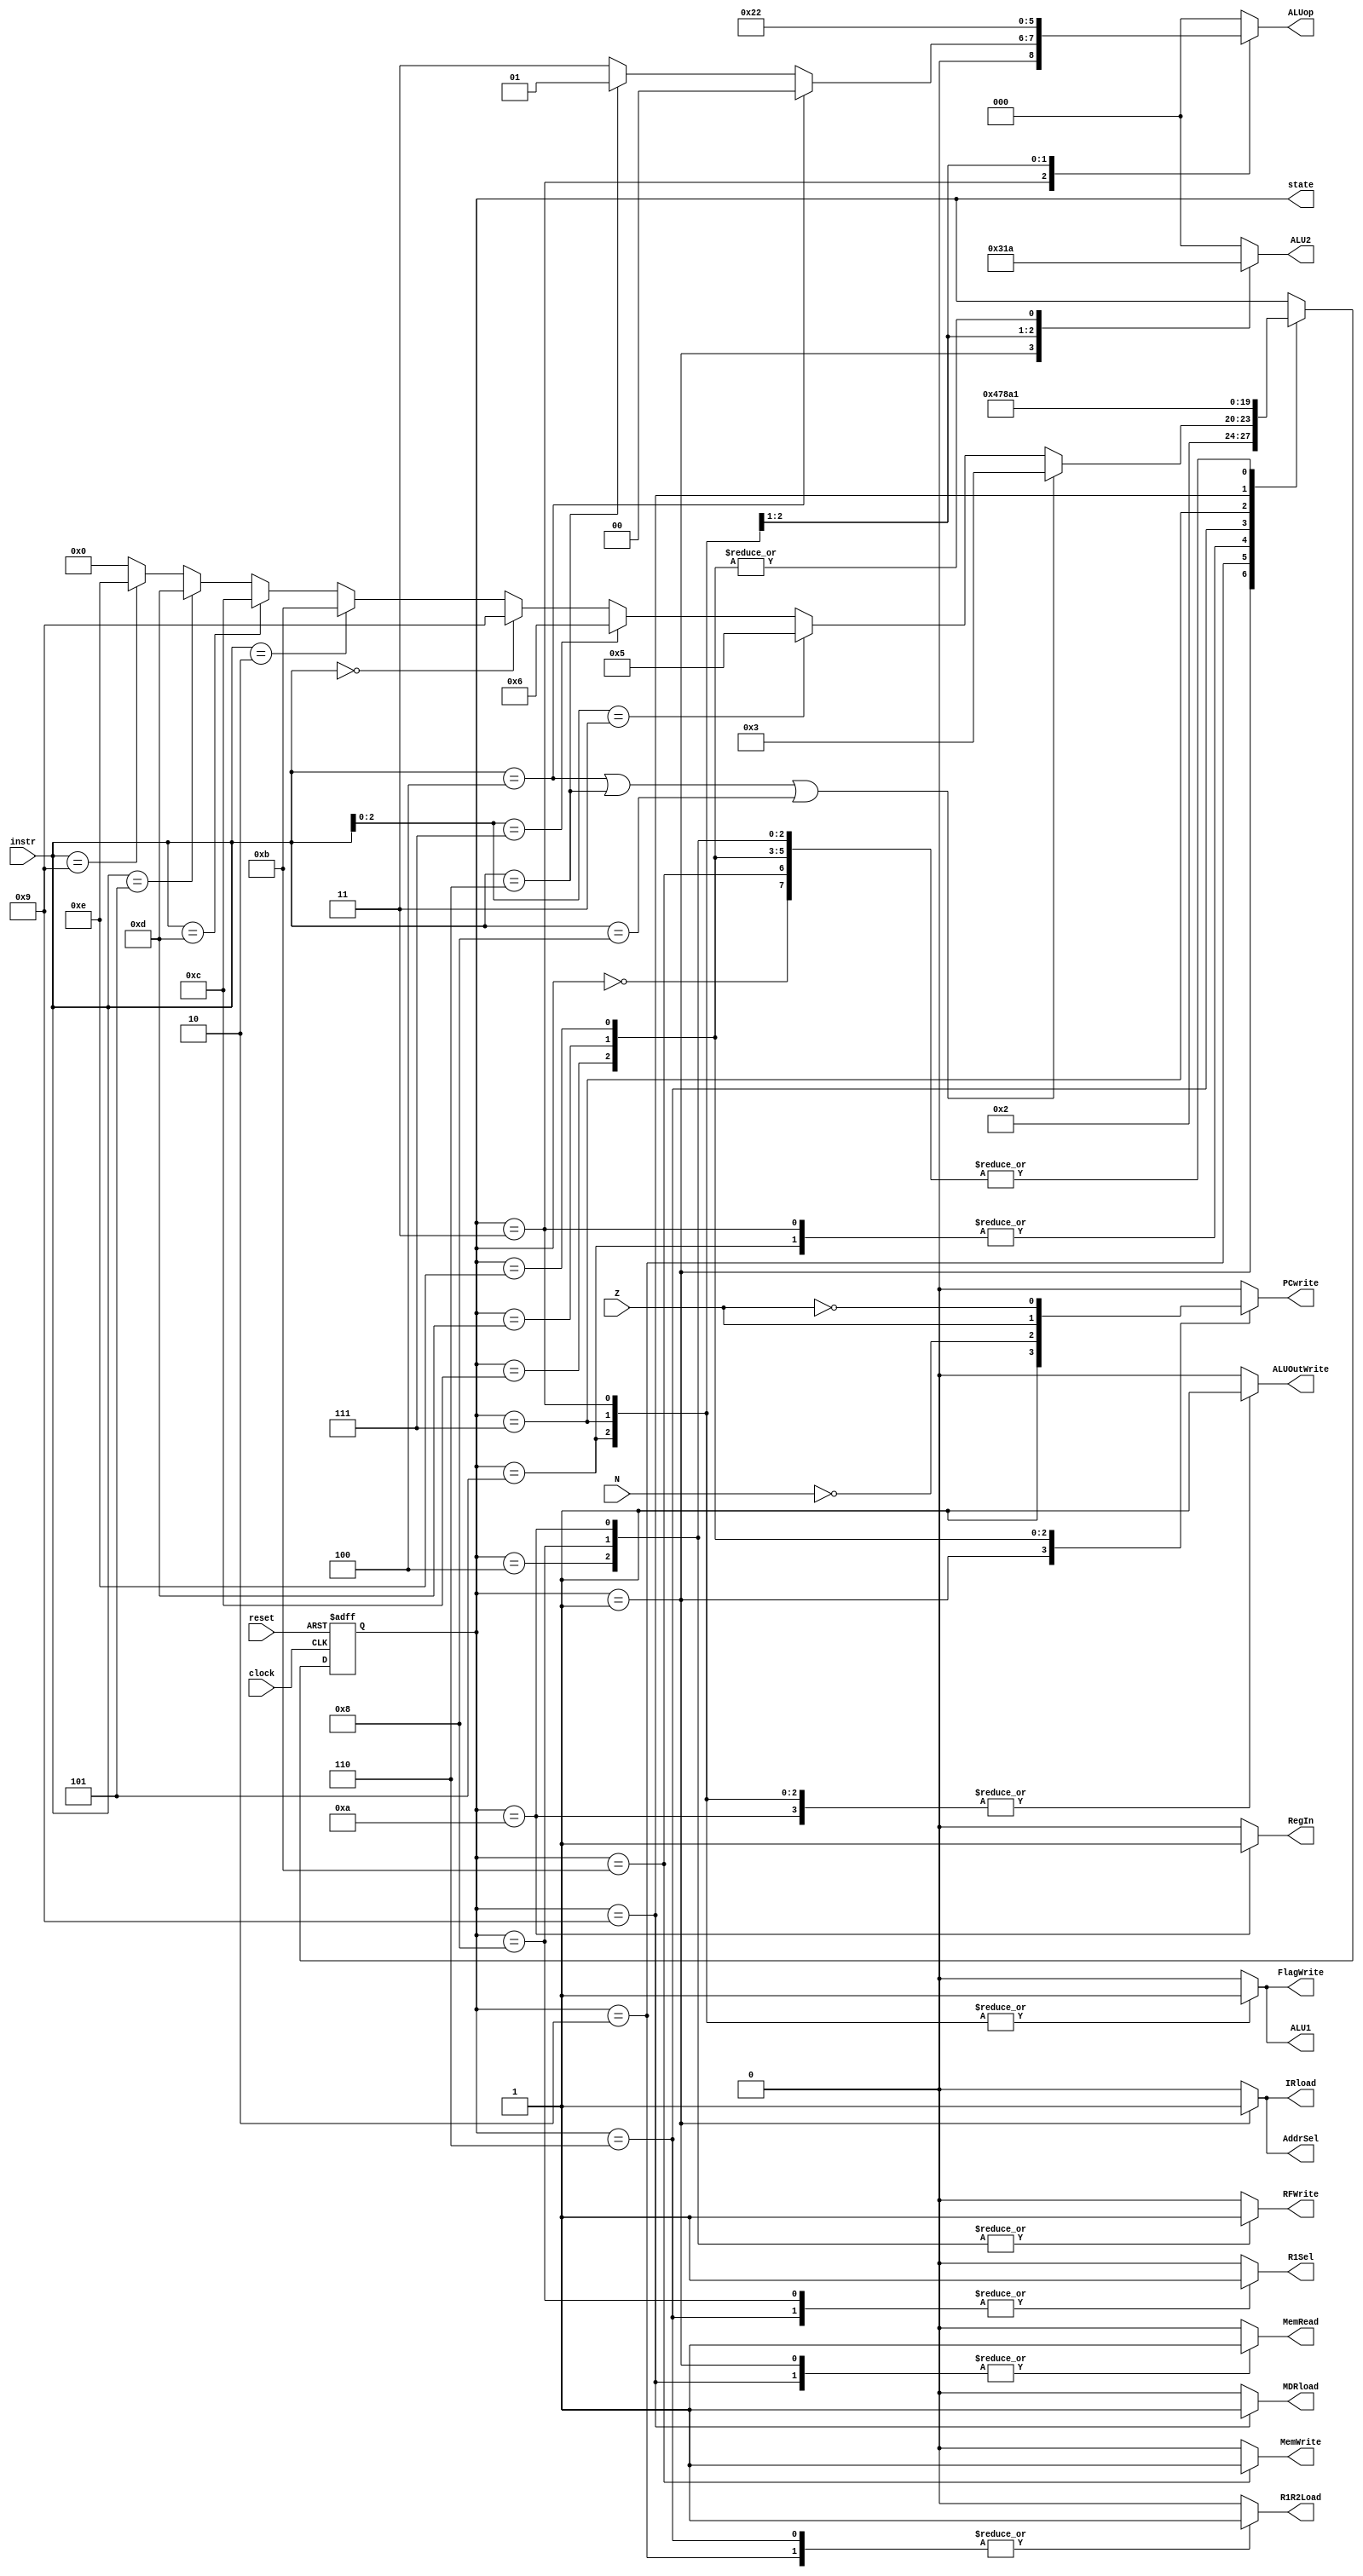
// ---------------------------------------------------------------------
// Copyright (c) 2007 by University of Toronto ECE 243 development team 
// ---------------------------------------------------------------------
//
// Major Functions:	control processor's datapath
// 
// Input(s):	1. instr: input is used to determine states
//				2. N: if branches, input is used to determine if
//					  negative condition is true
//				3. Z: if branches, input is used to determine if 
//					  zero condition is true
//
// Output(s):	control signals
//
//				** More detail can be found on the course note under
//				   "Multi-Cycle Implementation: The Control Unit"
//
// ---------------------------------------------------------------------

module FSM
(
reset, instr, clock,
N, Z,
PCwrite, AddrSel, MemRead,
MemWrite, IRload, R1Sel, MDRload,
R1R2Load, ALU1, ALU2, ALUop,
ALUOutWrite, RFWrite, RegIn, FlagWrite, state
);
	input	[3:0] instr;
	input	N, Z;
	input	reset, clock;
	output	PCwrite, AddrSel, MemRead, MemWrite, IRload, R1Sel, MDRload;
	output	R1R2Load, ALU1, ALUOutWrite, RFWrite, RegIn, FlagWrite;
	output	[2:0] ALU2, ALUop;
	output	[3:0] state;
	
	reg [3:0]	state;
	reg	PCwrite, AddrSel, MemRead, MemWrite, IRload, R1Sel, MDRload;
	reg	R1R2Load, ALU1, ALUOutWrite, RFWrite, RegIn, FlagWrite;
	reg	[2:0] ALU2, ALUop;
	
	
	// state constants (note: asn = add/sub/nand, asnsh = add/sub/nand/shift)
	parameter [3:0] reset_s = 0, c1 = 1, c2 = 2, c3_asn = 3,
					c4_asnsh = 4, c3_shift = 5, c3_ori = 6,
					c4_ori = 7, c5_ori = 8, c3_load = 9, c4_load = 10,
					c3_store = 11, c3_bpz = 12, c3_bz = 13, c3_bnz = 14;
	
	// determines the next state based upon the current state; supports
	// asynchronous reset
	always @(posedge clock or posedge reset)
	begin
		if (reset) state = reset_s;
		else
		begin
			case(state)
				reset_s:	state = c1; 		// reset state
				c1:			state = c2; 		// cycle 1
				c2:			begin				// cycle 2
								if(instr == 4'b0100 | instr == 4'b0110 | instr == 4'b1000) state = c3_asn;
								else if( instr[2:0] == 3'b011 ) state = c3_shift;
								else if( instr[2:0] == 3'b111 ) state = c3_ori;
								else if( instr == 4'b0000 ) state = c3_load;
								else if( instr == 4'b0010 ) state = c3_store;
								else if( instr == 4'b1101 ) state = c3_bpz;
								else if( instr == 4'b0101 ) state = c3_bz;
								else if( instr == 4'b1001 ) state = c3_bnz;
								else state = 0;
							end
				c3_asn:		state = c4_asnsh;	// cycle 3: ADD SUB NAND
				c4_asnsh:	state = c1;			// cycle 4: ADD SUB NAND/SHIFT
				c3_shift:	state = c4_asnsh;	// cycle 3: SHIFT
				c3_ori:		state = c4_ori;		// cycle 3: ORI
				c4_ori:		state = c5_ori;		// cycle 4: ORI
				c5_ori:		state = c1;			// cycle 5: ORI
				c3_load:	state = c4_load;	// cycle 3: LOAD
				c4_load:	state = c1; 		// cycle 4: LOAD
				c3_store:	state = c1; 		// cycle 3: STORE
				c3_bpz:		state = c1; 		// cycle 3: BPZ
				c3_bz:		state = c1; 		// cycle 3: BZ
				c3_bnz:		state = c1; 		// cycle 3: BNZ
			endcase
		end
	end

	// sets the control sequences based upon the current state and instruction
	always @(*)
	begin
		case (state)
			reset_s:	//control = 19'b0000000000000000000;
				begin
					PCwrite = 0;
					AddrSel = 0;
					MemRead = 0;
					MemWrite = 0;
					IRload = 0;
					R1Sel = 0;
					MDRload = 0;
					R1R2Load = 0;
					ALU1 = 0;
					ALU2 = 3'b000;
					ALUop = 3'b000;
					ALUOutWrite = 0;
					RFWrite = 0;
					RegIn = 0;
					FlagWrite = 0;
				end					
			c1: 		//control = 19'b1110100000010000000;
				begin
					PCwrite = 1;
					AddrSel = 1;
					MemRead = 1;
					MemWrite = 0;
					IRload = 1;
					R1Sel = 0;
					MDRload = 0;
					R1R2Load = 0;
					ALU1 = 0;
					ALU2 = 3'b001;
					ALUop = 3'b000;
					ALUOutWrite = 0;
					RFWrite = 0;
					RegIn = 0;
					FlagWrite = 0;
				end	
			c2: 		//control = 19'b0000000100000000000;
				begin
					PCwrite = 0;
					AddrSel = 0;
					MemRead = 0;
					MemWrite = 0;
					IRload = 0;
					R1Sel = 0;
					MDRload = 0;
					R1R2Load = 1;
					ALU1 = 0;
					ALU2 = 3'b000;
					ALUop = 3'b000;
					ALUOutWrite = 0;
					RFWrite = 0;
					RegIn = 0;
					FlagWrite = 0;
				end
			c3_asn:		begin
							if ( instr == 4'b0100 ) 		// add
								//control = 19'b0000000010000001001;
							begin
								PCwrite = 0;
								AddrSel = 0;
								MemRead = 0;
								MemWrite = 0;
								IRload = 0;
								R1Sel = 0;
								MDRload = 0;
								R1R2Load = 0;
								ALU1 = 1;
								ALU2 = 3'b000;
								ALUop = 3'b000;
								ALUOutWrite = 1;
								RFWrite = 0;
								RegIn = 0;
								FlagWrite = 1;
							end	
							else if ( instr == 4'b0110 ) 	// sub
								//control = 19'b0000000010000011001;
							begin
								PCwrite = 0;
								AddrSel = 0;
								MemRead = 0;
								MemWrite = 0;
								IRload = 0;
								R1Sel = 0;
								MDRload = 0;
								R1R2Load = 0;
								ALU1 = 1;
								ALU2 = 3'b000;
								ALUop = 3'b001;
								ALUOutWrite = 1;
								RFWrite = 0;
								RegIn = 0;
								FlagWrite = 1;
							end
							else 							// nand
								//control = 19'b0000000010000111001;
							begin
								PCwrite = 0;
								AddrSel = 0;
								MemRead = 0;
								MemWrite = 0;
								IRload = 0;
								R1Sel = 0;
								MDRload = 0;
								R1R2Load = 0;
								ALU1 = 1;
								ALU2 = 3'b000;
								ALUop = 3'b011;
								ALUOutWrite = 1;
								RFWrite = 0;
								RegIn = 0;
								FlagWrite = 1;
							end
				   		end
			c4_asnsh: 	//control = 19'b0000000000000000100;
				begin
					PCwrite = 0;
					AddrSel = 0;
					MemRead = 0;
					MemWrite = 0;
					IRload = 0;
					R1Sel = 0;
					MDRload = 0;
					R1R2Load = 0;
					ALU1 = 0;
					ALU2 = 3'b000;
					ALUop = 3'b000;
					ALUOutWrite = 0;
					RFWrite = 1;
					RegIn = 0;
					FlagWrite = 0;
				end
			c3_shift: 	//control = 19'b0000000011001001001;
				begin
					PCwrite = 0;
					AddrSel = 0;
					MemRead = 0;
					MemWrite = 0;
					IRload = 0;
					R1Sel = 0;
					MDRload = 0;
					R1R2Load = 0;
					ALU1 = 1;
					ALU2 = 3'b100;
					ALUop = 3'b100;
					ALUOutWrite = 1;
					RFWrite = 0;
					RegIn = 0;
					FlagWrite = 1;
				end
			c3_ori: 	//control = 19'b0000010100000000000;
				begin
					PCwrite = 0;
					AddrSel = 0;
					MemRead = 0;
					MemWrite = 0;
					IRload = 0;
					R1Sel = 1;
					MDRload = 0;
					R1R2Load = 1;
					ALU1 = 0;
					ALU2 = 3'b000;
					ALUop = 3'b000;
					ALUOutWrite = 0;
					RFWrite = 0;
					RegIn = 0;
					FlagWrite = 0;
				end
			c4_ori: 	//control = 19'b0000000010110101001;
				begin
					PCwrite = 0;
					AddrSel = 0;
					MemRead = 0;
					MemWrite = 0;
					IRload = 0;
					R1Sel = 0;
					MDRload = 0;
					R1R2Load = 0;
					ALU1 = 1;
					ALU2 = 3'b011;
					ALUop = 3'b010;
					ALUOutWrite = 1;
					RFWrite = 0;
					RegIn = 0;
					FlagWrite = 1;
				end
			c5_ori: 	//control = 19'b0000010000000000100;
				begin
					PCwrite = 0;
					AddrSel = 0;
					MemRead = 0;
					MemWrite = 0;
					IRload = 0;
					R1Sel = 1;
					MDRload = 0;
					R1R2Load = 0;
					ALU1 = 0;
					ALU2 = 3'b000;
					ALUop = 3'b000;
					ALUOutWrite = 0;
					RFWrite = 1;
					RegIn = 0;
					FlagWrite = 0;
				end
			c3_load: 	//control = 19'b0010001000000000000;
				begin
					PCwrite = 0;
					AddrSel = 0;
					MemRead = 1;
					MemWrite = 0;
					IRload = 0;
					R1Sel = 0;
					MDRload = 1;
					R1R2Load = 0;
					ALU1 = 0;
					ALU2 = 3'b000;
					ALUop = 3'b000;
					ALUOutWrite = 0;
					RFWrite = 0;
					RegIn = 0;
					FlagWrite = 0;
				end
			c4_load: 	//control = 19'b0000000000000001110;
				begin
					PCwrite = 0;
					AddrSel = 0;
					MemRead = 0;
					MemWrite = 0;
					IRload = 0;
					R1Sel = 0;
					MDRload = 0;
					R1R2Load = 0;
					ALU1 = 0;
					ALU2 = 3'b000;
					ALUop = 3'b000;
					ALUOutWrite = 1;
					RFWrite = 1;
					RegIn = 1;
					FlagWrite = 0;
				end
			c3_store: 	//control = 19'b0001000000000000000;
				begin
					PCwrite = 0;
					AddrSel = 0;
					MemRead = 0;
					MemWrite = 1;
					IRload = 0;
					R1Sel = 0;
					MDRload = 0;
					R1R2Load = 0;
					ALU1 = 0;
					ALU2 = 3'b000;
					ALUop = 3'b000;
					ALUOutWrite = 0;
					RFWrite = 0;
					RegIn = 0;
					FlagWrite = 0;
				end
			c3_bpz: 	//control = {~N,18'b000000000100000000};
				begin
					PCwrite = ~N;
					AddrSel = 0;
					MemRead = 0;
					MemWrite = 0;
					IRload = 0;
					R1Sel = 0;
					MDRload = 0;
					R1R2Load = 0;
					ALU1 = 0;
					ALU2 = 3'b010;
					ALUop = 3'b000;
					ALUOutWrite = 0;
					RFWrite = 0;
					RegIn = 0;
					FlagWrite = 0;
				end
			c3_bz: 		//control = {Z,18'b000000000100000000};
				begin
					PCwrite = Z;
					AddrSel = 0;
					MemRead = 0;
					MemWrite = 0;
					IRload = 0;
					R1Sel = 0;
					MDRload = 0;
					R1R2Load = 0;
					ALU1 = 0;
					ALU2 = 3'b010;
					ALUop = 3'b000;
					ALUOutWrite = 0;
					RFWrite = 0;
					RegIn = 0;
					FlagWrite = 0;
				end
			c3_bnz: 	//control = {~Z,18'b000000000100000000};
				begin
					PCwrite = ~Z;
					AddrSel = 0;
					MemRead = 0;
					MemWrite = 0;
					IRload = 0;
					R1Sel = 0;
					MDRload = 0;
					R1R2Load = 0;
					ALU1 = 0;
					ALU2 = 3'b010;
					ALUop = 3'b000;
					ALUOutWrite = 0;
					RFWrite = 0;
					RegIn = 0;
					FlagWrite = 0;
				end
			default:	//control = 19'b0000000000000000000;
				begin
					PCwrite = 0;
					AddrSel = 0;
					MemRead = 0;
					MemWrite = 0;
					IRload = 0;
					R1Sel = 0;
					MDRload = 0;
					R1R2Load = 0;
					ALU1 = 0;
					ALU2 = 3'b000;
					ALUop = 3'b000;
					ALUOutWrite = 0;
					RFWrite = 0;
					RegIn = 0;
					FlagWrite = 0;
				end
		endcase
	end
	
endmodule